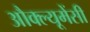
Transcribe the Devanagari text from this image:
औक्ल्यूमेंसी